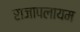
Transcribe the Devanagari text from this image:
राजापलायम